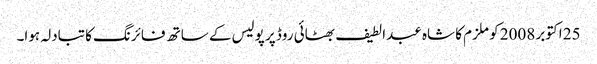
25 اکتوبر 2008 کو ملزم کا شاہ عبدالطیف بھٹائی روڈ پر پولیس کے ساتھ فائرنگ کا تبادلہ ہوا۔